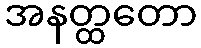
အနတ္ထတော